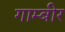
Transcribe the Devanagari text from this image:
गाम्बीर